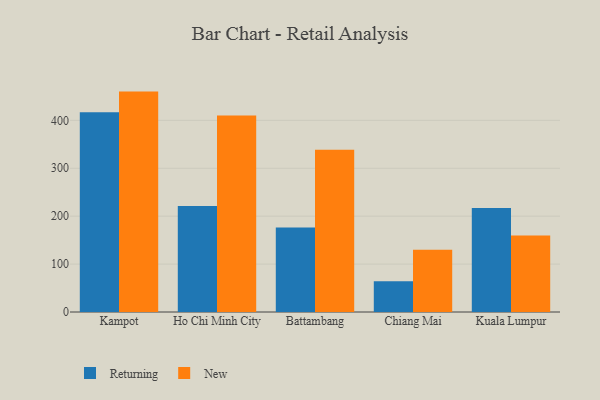
{"axis": {"x": "City", "y": "Gross Profit (USD K)"}, "legend": ["New", "Returning"], "data": [{"x": "Kampot", "y": 417.0, "type": "Returning"}, {"x": "Kampot", "y": 460.0, "type": "New"}, {"x": "Ho Chi Minh City", "y": 221.4, "type": "Returning"}, {"x": "Ho Chi Minh City", "y": 410.2, "type": "New"}, {"x": "Battambang", "y": 176.6, "type": "Returning"}, {"x": "Battambang", "y": 338.6, "type": "New"}, {"x": "Chiang Mai", "y": 64.4, "type": "Returning"}, {"x": "Chiang Mai", "y": 130.0, "type": "New"}, {"x": "Kuala Lumpur", "y": 217.1, "type": "Returning"}, {"x": "Kuala Lumpur", "y": 159.9, "type": "New"}]}